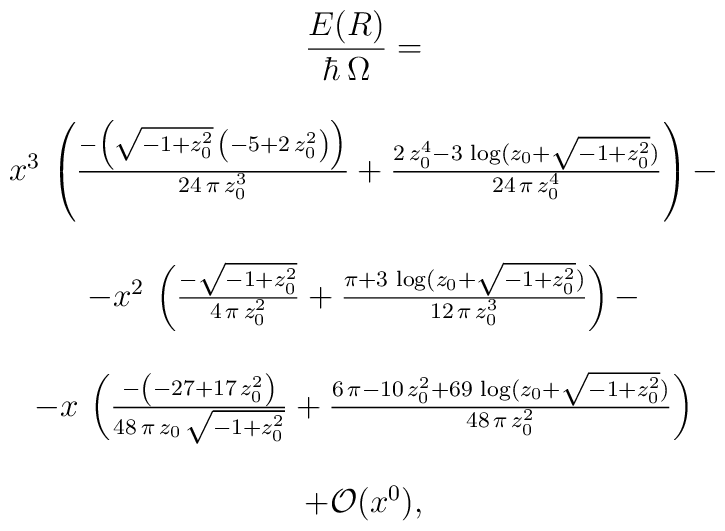
\begin{array}{c}  \displaystyle{   \frac{E(R)}{\hbar\,\Omega}= }\\ \\   x^3\,\left( \frac{-\left( {\sqrt{-1 + z_0^2}}\,          \left( -5 + 2\,z_0^2 \right)  \right) }{24\,\pi \,        z_0^3} + \frac{2\,z_0^4 -        3\,\log (z_0 + {\sqrt{-1 + z_0^2}})}{24\,\pi \,z_0^4}     \right)  - \\ \\     - x^2\,\left( \frac{-{\sqrt{-1 + z_0^2}}}      {4\,\pi \,z_0^2} + \frac{\pi  +        3\,\log (z_0 + {\sqrt{-1 + z_0^2}})}{12\,\pi \,z_0^3}     \right)  -\\ \\ -      x\,\left( \frac{-\left( -27 + 17\,z_0^2          \right) }{48\,\pi \,z_0\,{\sqrt{-1 + z_0^2}}} +     \frac{6\,\pi  - 10\,z_0^2 +        69\,\log (z_0 + {\sqrt{-1 + z_0^2}})}{48\,\pi \,z_0^2}     \right)   \\ \\    + {\cal O}(x^0),\end{array}